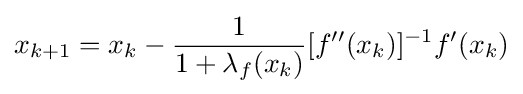
x_{k+1}=x_{k}-{\frac {1}{1+\lambda _{f}(x_{k})}}[f''(x_{k})]^{-1}f'(x_{k})